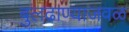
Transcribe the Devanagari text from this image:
बुलढाण्याजवळ